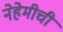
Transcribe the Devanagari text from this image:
नेहेमीची